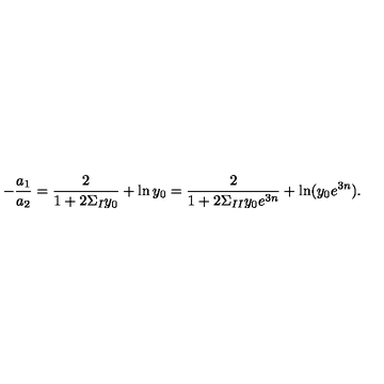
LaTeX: - { \frac { a _ { 1 } } { a _ { 2 } } } = { \frac { 2 } { 1 + 2 \Sigma _ { I } y _ { 0 } } } + \ln y _ { 0 } = { \frac { 2 } { 1 + 2 \Sigma _ { I I } y _ { 0 } e ^ { 3 n } } } + \ln ( y _ { 0 } e ^ { 3 n } ) .